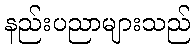
နည်းပညာများသည်